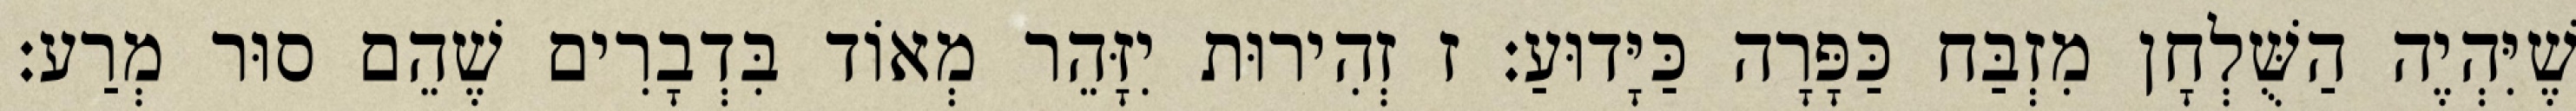
שֶׁיִּהְיֶה הַשֻּׁלְחָן מִזְבַּח כַּפָּרָה כַּיָּדוּעַ: ז זְהִירוּת יִזָּהֵר מְאוֹד בִּדְבָרִים שֶׁהֵם סוּר מְרַע: